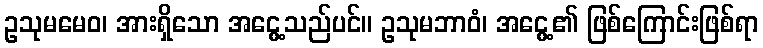
ဥသုမမေဝ၊ အားရှိသော အငွေ့သည်ပင်။ ဥသုမဘာဝံ၊ အငွေ့၏ ဖြစ်ကြောင်းဖြစ်ရာ